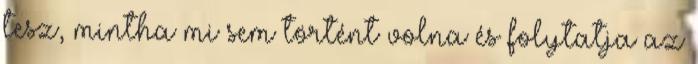
tesz, mintha mi sem történt volna és folytatja az